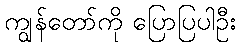
ကျွန်တော်ကို ပြောပြပါဦး